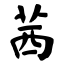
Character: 茜